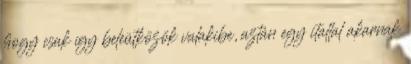
hogy csak így beleütközök valakibe, aztán egy itallal akarnak